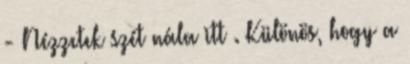
- Nézzetek szét nála itt . Különös, hogy a